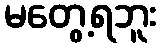
မတွေ့ရဘူး